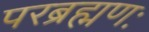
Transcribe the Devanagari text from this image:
परब्रह्मणः